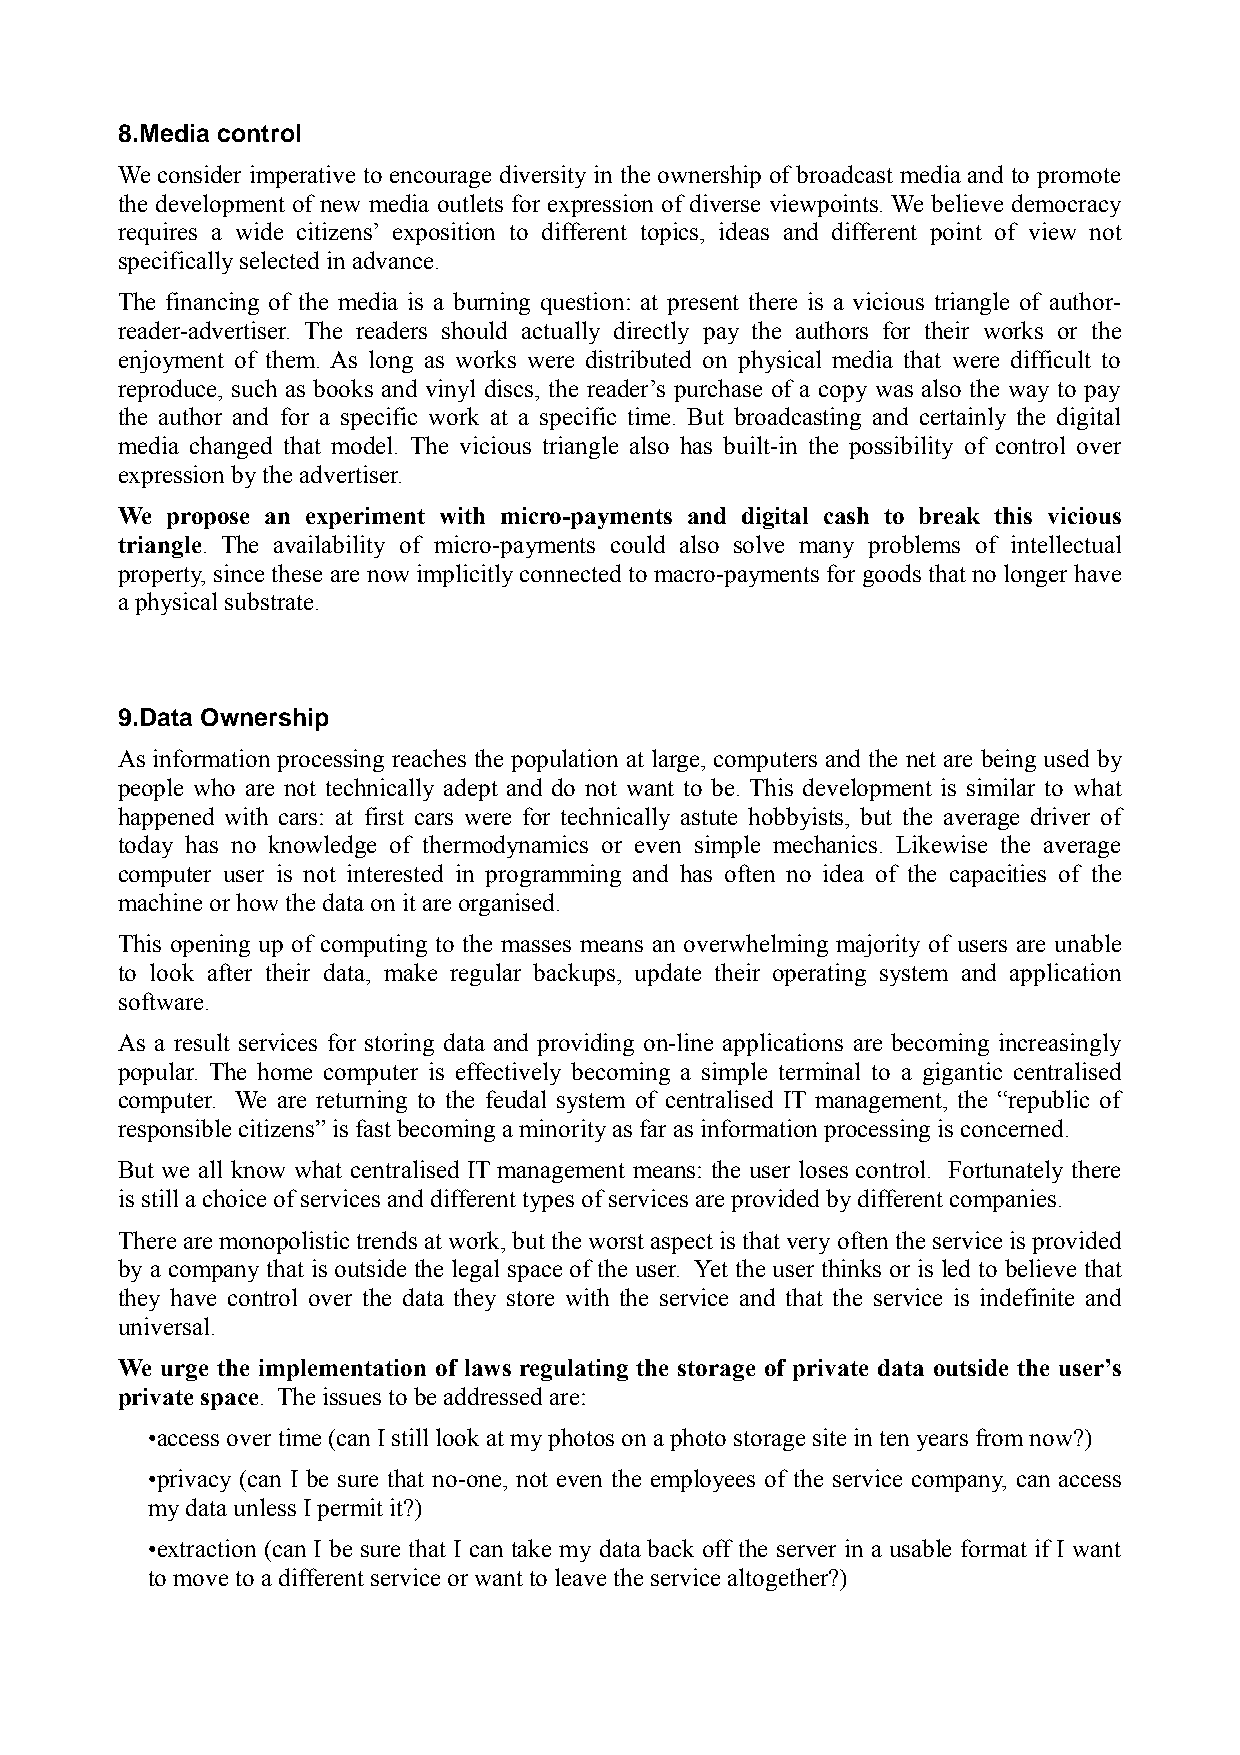
8.Media control
 We consider imperative to encourage diversity in the ownership of broadcast media and to promote
 the development of new media outlets for expression of diverse viewpoints. We believe democracy
 requires a wide citizens’ exposition to different topics, ideas and different point of view not
 specifically selected in advance.
 The financing of the media is a burning question: at present there is a vicious triangle of author-
 reader-advertiser. The readers should actually directly pay the authors for their works or the
 enjoyment of them. As long as works were distributed on physical media that were difficult to
 reproduce, such as books and vinyl discs, the reader’s purchase of a copy was also the way to pay
 the author and for a specific work at a specific time. But broadcasting and certainly the digital
 media changed that model. The vicious triangle also has built-in the possibility of control over
 expression by the advertiser.
 We propose an experiment with micro-payments and digital cash to break this vicious
 triangle. The availability of micro-payments could also solve many problems of intellectual
 property, since these are now implicitly connected to macro-payments for goods that no longer have
 a physical substrate.
 9.Data Ownership
 As information processing reaches the population at large, computers and the net are being used by
 people who are not technically adept and do not want to be. This development is similar to what
 happened with cars: at first cars were for technically astute hobbyists, but the average driver of
 today has no knowledge of thermodynamics or even simple mechanics. Likewise the average
 computer user is not interested in programming and has often no idea of the capacities of the
 machine or how the data on it are organised.
 This opening up of computing to the masses means an overwhelming majority of users are unable
 to look after their data, make regular backups, update their operating system and application
 software.
 As a result services for storing data and providing on-line applications are becoming increasingly
 popular. The home computer is effectively becoming a simple terminal to a gigantic centralised
 computer. We are returning to the feudal system of centralised IT management, the “republic of
 responsible citizens” is fast becoming a minority as far as information processing is concerned.
 But we all know what centralised IT management means: the user loses control. Fortunately there
 is still a choice of services and different types of services are provided by different companies.
 There are monopolistic trends at work, but the worst aspect is that very often the service is provided
 by a company that is outside the legal space of the user. Yet the user thinks or is led to believe that
 they have control over the data they store with the service and that the service is indefinite and
 universal.
 We urge the implementation of laws regulating the storage of private data outside the user’s
 private space. The issues to be addressed are:
 •access over time (can I still look at my photos on a photo storage site in ten years from now?)
 •privacy (can I be sure that no-one, not even the employees of the service company, can access
 my data unless I permit it?)
 •extraction (can I be sure that I can take my data back off the server in a usable format if I want
 to move to a different service or want to leave the service altogether?)